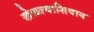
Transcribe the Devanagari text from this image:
खेळल्याशिवाय